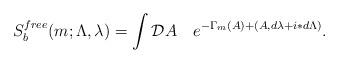
LaTeX: \begin{align*}S^{free}_{b}(m;\Lambda,\lambda) =\int{\cal D}A\quad e^{-\Gamma_m(A)+(A,d\lambda+i\ast d\Lambda)}.\end{align*}